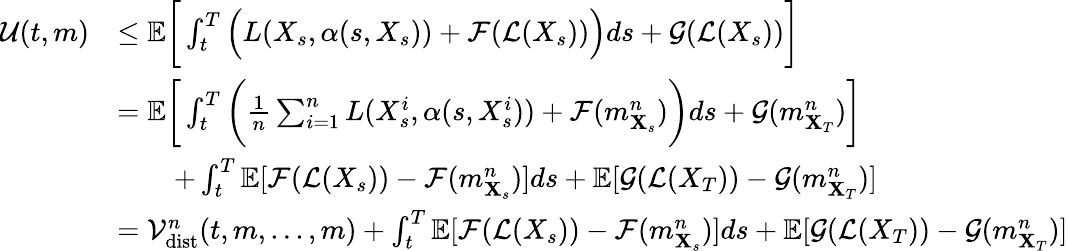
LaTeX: \begin{array}{rl}{\mathcal{U}(t,m)}&{\leq{\mathbb E}\bigg[\int_{t}^{T}\Big(L(X_{s},\alpha(s,X_{s}))+\mathcal{F}(\mathcal{L}(X_{s}))\Big)ds+\mathcal{G}(\mathcal{L}(X_{s}))\bigg]}\\ &{={\mathbb E}\bigg[\int_{t}^{T}\bigg(\frac{1}{n}\sum_{i=1}^{n}L(X_{s}^{i},\alpha(s,X_{s}^{i}))+\mathcal{F}(m_{\mathbf{X}_{s}}^{n})\bigg)ds+\mathcal{G}(m_{\mathbf{X}_{T}}^{n})\bigg]}\\ &{\qquad+\int_{t}^{T}{\mathbb E}[\mathcal{F}(\mathcal{L}(X_{s}))-\mathcal{F}(m_{\mathbf{X}_{s}}^{n})]ds+{\mathbb E}[\mathcal{G}(\mathcal{L}(X_{T}))-\mathcal{G}(m_{\mathbf{X}_{T}}^{n})]}\\ &{=\mathcal{V}_{\mathrm{dist}}^{n}(t,m,...,m)+\int_{t}^{T}{\mathbb E}[\mathcal{F}(\mathcal{L}(X_{s}))-\mathcal{F}(m_{\mathbf{X}_{s}}^{n})]ds+{\mathbb E}[\mathcal{G}(\mathcal{L}(X_{T}))-\mathcal{G}(m_{\mathbf{X}_{T}}^{n})]}\end{array}